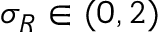
\sigma _ { R } \in ( 0 , 2 )